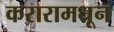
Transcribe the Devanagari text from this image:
करारामधून